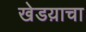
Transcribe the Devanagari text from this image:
खेडय़ाचा